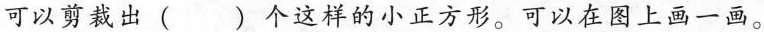
可以剪裁出( )个这样的小正方形。可以在图上画一画。